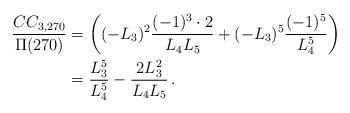
LaTeX: \begin{align*}\frac{CC_{3,270}}{\Pi(270)}&=\left((-L_3)^2\frac{(-1)^3\cdot 2}{L_4 L_5}+(-L_3)^5\frac{(-1)^5}{L_4^5}\right)\\&=\frac{L_3^5}{L_4^5}-\frac{2 L_3^2}{L_4 L_5}\,. \end{align*}